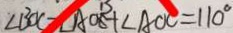
\angle B O C - \angle A O B + \angle A O C = 1 1 0 ^ { \circ }